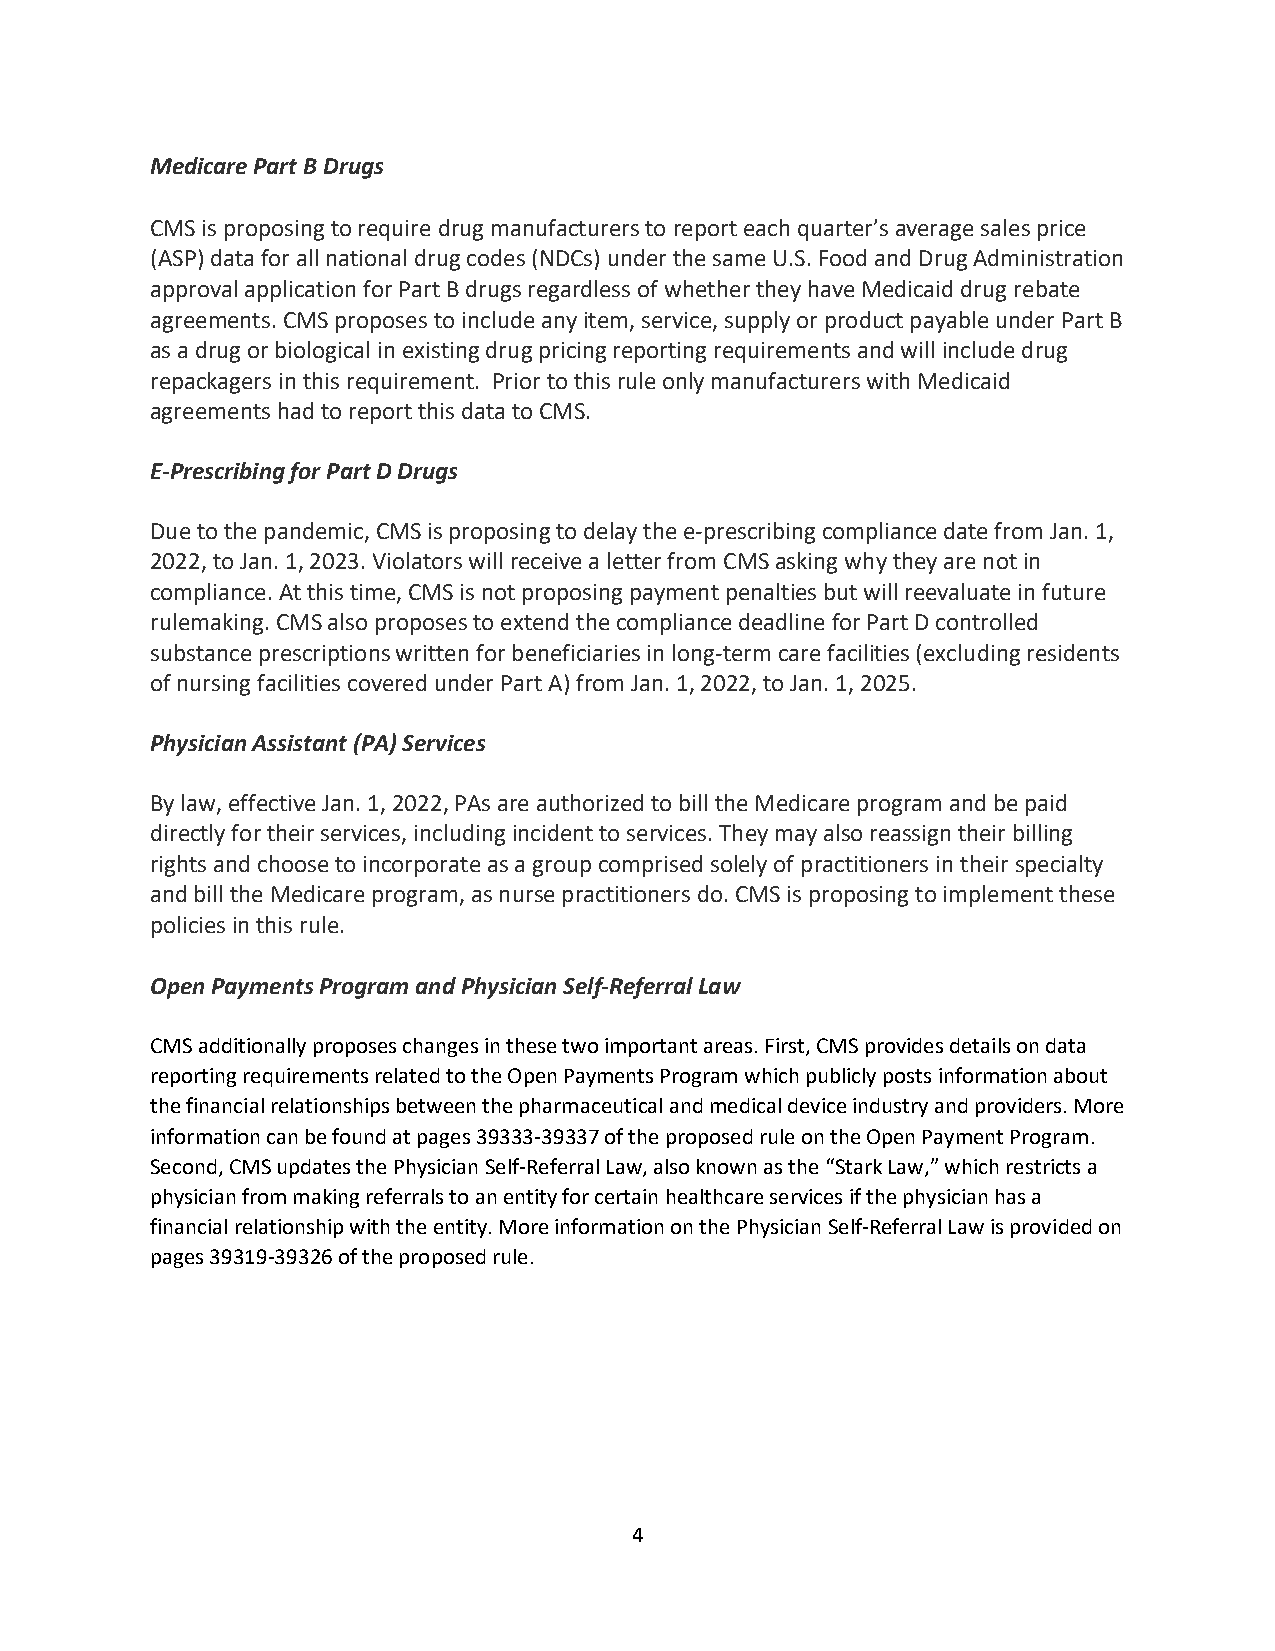
Medicare Part B Drugs
 CMS is proposing to require drug manufacturers to report each quarter’s average sales price
 (ASP) data for all national drug codes (NDCs) under the same U.S. Food and Drug Administration
 approval application for Part B drugs regardless of whether they have Medicaid drug rebate
 agreements. CMS proposes to include any item, service, supply or product payable under Part B
 as a drug or biological in existing drug pricing reporting requirements and will include drug
 repackagers in this requirement. Prior to this rule only manufacturers with Medicaid
 agreements had to report this data to CMS.
 E-Prescribing for Part D Drugs
 Due to the pandemic, CMS is proposing to delay the e-prescribing compliance date from Jan. 1,
 2022, to Jan. 1, 2023. Violators will receive a letter from CMS asking why they are not in
 compliance. At this time, CMS is not proposing payment penalties but will reevaluate in future
 rulemaking. CMS also proposes to extend the compliance deadline for Part D controlled
 substance prescriptions written for beneficiaries in long-term care facilities (excluding residents
 of nursing facilities covered under Part A) from Jan. 1, 2022, to Jan. 1, 2025.
 Physician Assistant (PA) Services
 By law, effective Jan. 1, 2022, PAs are authorized to bill the Medicare program and be paid
 directly for their services, including incident to services. They may also reassign their billing
 rights and choose to incorporate as a group comprised solely of practitioners in their specialty
 and bill the Medicare program, as nurse practitioners do. CMS is proposing to implement these
 policies in this rule.
 Open Payments Program and Physician Self-Referral Law
 CMS additionally proposes changes in these two important areas. First, CMS provides details on data
 reporting requirements related to the Open Payments Program which publicly posts information about
 the financial relationships between the pharmaceutical and medical device industry and providers. More
 information can be found at pages 39333-39337 of the proposed rule on the Open Payment Program.
 Second, CMS updates the Physician Self-Referral Law, also known as the “Stark Law,” which restricts a
 physician from making referrals to an entity for certain healthcare services if the physician has a
 financial relationship with the entity. More information on the Physician Self-Referral Law is provided on
 pages 39319-39326 of the proposed rule.
 4